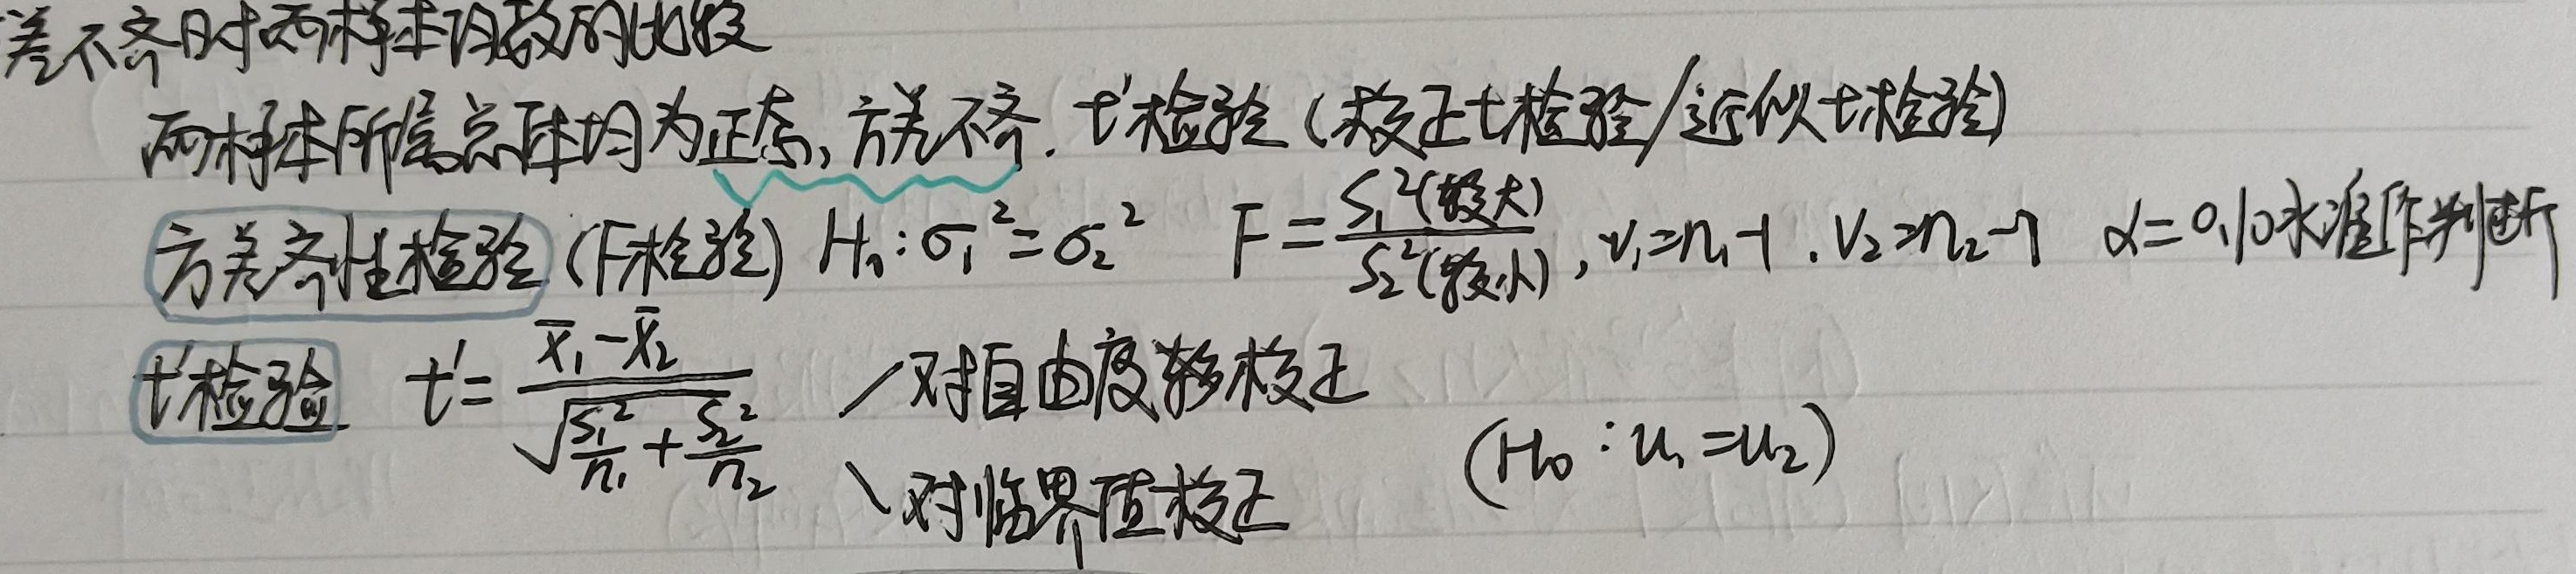
方差不齐时两样本均数的比较：两样本所属总体均为正态，方差不齐，\(t'\)检验（校正\(t\)检验/近似\(t\)检验）。

方差齐性检验（\(F\)检验）：\(H_0:\sigma_1^2 = \sigma_2^2\)，\(F = \frac{S_1^2(\text{较大})}{S_2^2(\text{较小})}, \nu_1 = n_1 - 1, \nu_2 = n_2 - 1\)，在\(\alpha = 0.10\)水准作判断。

\(t'\)检验：\(t' = \frac{\overline{x}_1 - \overline{x}_2}{\sqrt{\frac{S_1^2}{n_1}+\frac{S_2^2}{n_2}}}\)，需对自由度校正或对临界值校正  \((H_0:\mu_1=\mu_2)\)。